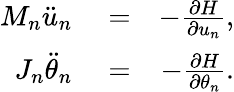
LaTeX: \begin{array}{rlr}{{{M}_{n}}{{\ddot{u}}_{n}}}&{{}=}&{-\frac{\partial H}{\partial{{u}_{n}}},}\\ {{{J}_{n}}{{\ddot{\theta}}_{n}}}&{{}=}&{-\frac{\partial H}{\partial{{\theta}_{n}}}.}\end{array}